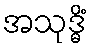
အသုဒ္ဓိံ